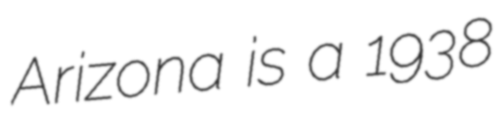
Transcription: Arizona is a 1938